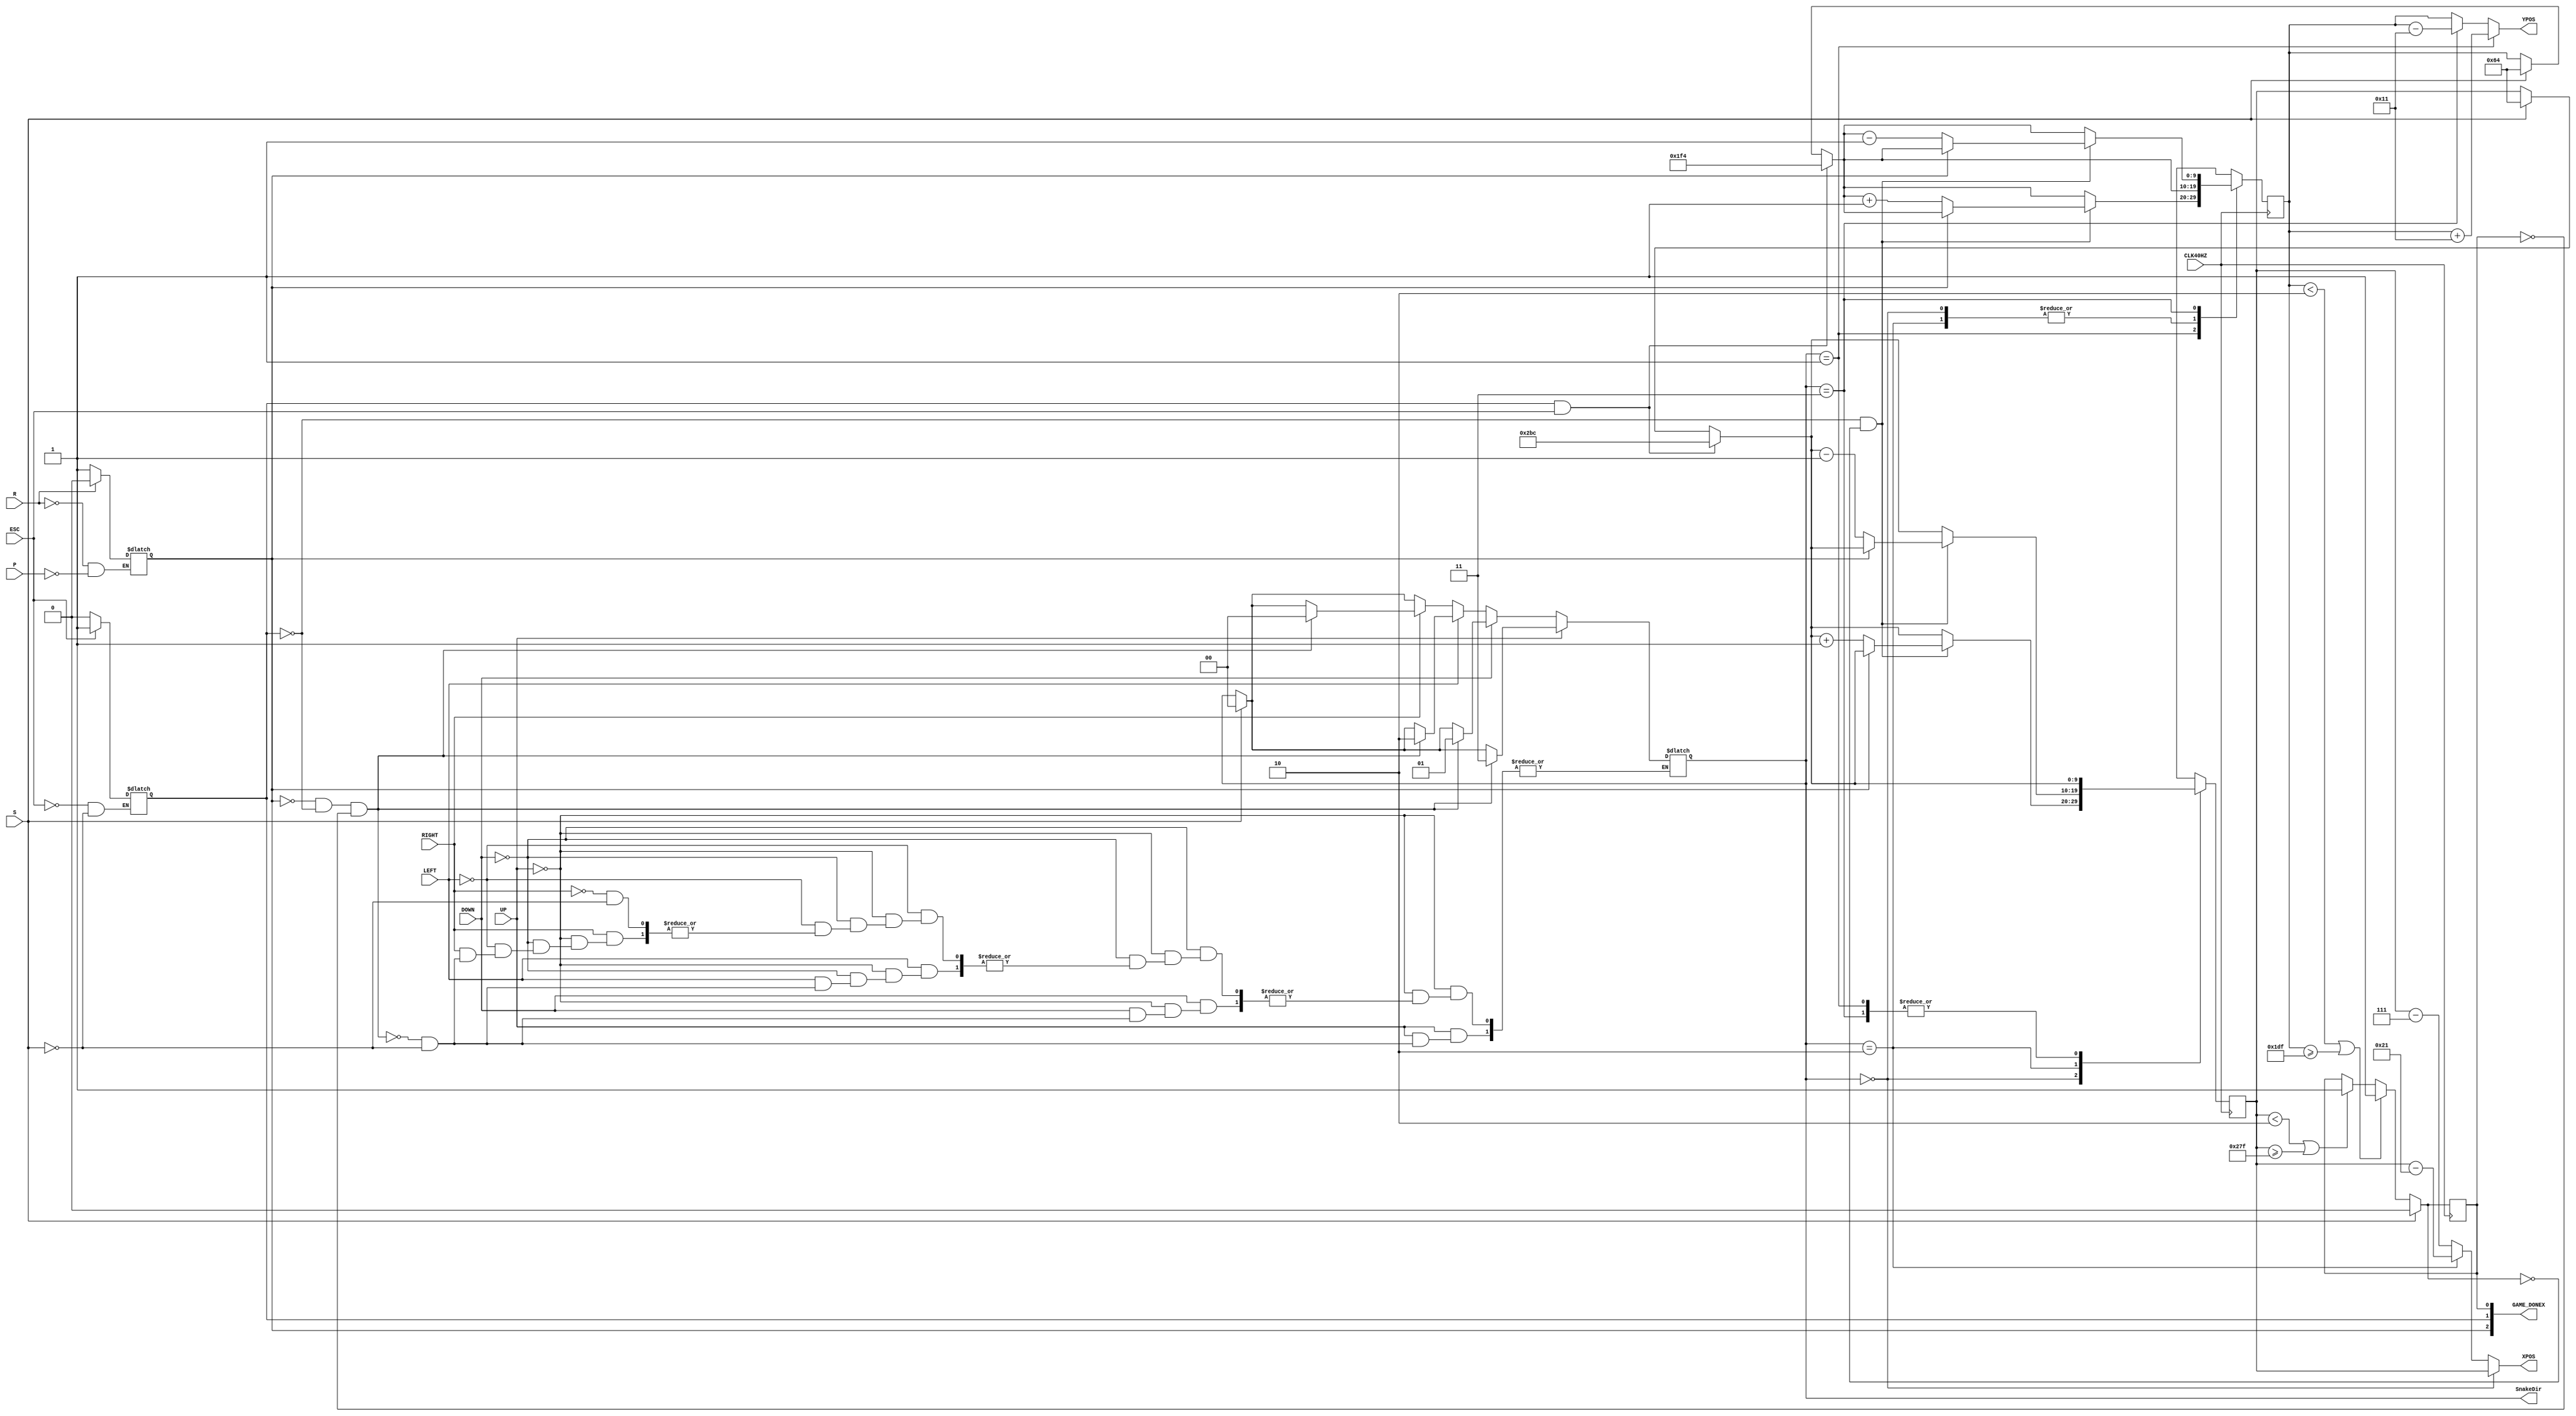
module SnakeGameController(
    input CLK40HZ, // 40 HZ clock
    input ESC,
    input R,
    input S,
    input P,
    input UP,
    input DOWN,
    input LEFT,
    input RIGHT,
    output[9:0] XPOS,
    output[9:0] YPOS,
    output[1:0] SnakeDir,
    output[2:0] GAME_DONEX
    );
    
    reg GAME_RUNNING = 1'b1;
    reg GAME_DONE    = 1'b0;
    reg SNAKE_HIT    = 1'd0;
    assign GAME_DONEX[0] = SNAKE_HIT;
    assign GAME_DONEX[1] = GAME_DONE;
    assign GAME_DONEX[2] = GAME_PAUSED;
    reg GAME_PAUSED = 1'd0;
    
    reg[9:0] SnakeX     = 10'd100;
    reg[9:0] SnakeY     = 10'd100;
    reg[1:0] SnDir_INT  = 2'd00;
    reg[1:0] DR_HOLD;
    //assign XPOS = SnakeX;
    //assign YPOS = SnakeY;
    
    assign SnakeDir = SnDir_INT;
    assign XPOS = (SnDir_INT == 2'd0) ? SnakeX : ((SnDir_INT == 2'd2) ? (SnakeX - 33) : (SnakeX - 7));
    assign YPOS = (SnDir_INT == 2'd1) ? (SnakeY + 17) : ((SnDir_INT == 2'd3) ? (SnakeY-17) : SnakeY); 
    always @ (P or R)
    begin
        if (P == 1'd1) 
        begin
            DR_HOLD = SnDir_INT;
            GAME_PAUSED = 1'b1;
        end
        if (R == 1'd1) 
        begin
            GAME_PAUSED = 1'b0;
        end
    end
    
    always @ (ESC or S)
    begin
        if (S == 1) GAME_DONE = 1'b0;
        if (ESC == 1) GAME_DONE = 1'b1;    
    end
    
    always @ (posedge CLK40HZ)
    begin
        if (SnakeX <  10'd2 || SnakeX >= 10'd639)
        begin
            SNAKE_HIT = 1'b1;
        end
        
        if (SnakeY < 10'd2 || SnakeY >= 10'd479)
        begin
            SNAKE_HIT = 1'b1;
        end
            
        if (S == 1)
        begin
            SnakeX = 10'd100;
            SnakeY = 10'd100;
            SNAKE_HIT = 1'b0;
        end
        if (GAME_DONE == 1'b1 && ESC == 1)
        begin
            SnakeX = 10'd700;
            SnakeY = 10'd500;
        end
        
        case (SnakeDir)
            2'b00: // Right
            begin
                if (GAME_DONE == 1'b0 && SNAKE_HIT == 1'b0) 
                begin
                    if (GAME_PAUSED == 1'b0) SnakeX = SnakeX + 10'd1;
                    else SnakeX = SnakeX;
                end 
                else 
                begin
                    SnakeX = SnakeX;
                end
            end
            2'b01: // Down
            begin
                if ((GAME_DONE == 1'b0) && SNAKE_HIT == 1'b0) 
                begin
                    if (GAME_PAUSED == 1'b0) SnakeY = SnakeY + 10'd1;
                    else SnakeY = SnakeY;
                end 
                else
                begin
                    SnakeY = SnakeY;
                end
            end
            2'b10: // Left
            begin
                if ((GAME_DONE == 1'b0) && SNAKE_HIT == 1'b0) 
                begin
                    if (GAME_PAUSED == 1'b0) SnakeX = SnakeX - 10'd1;
                    else SnakeX = SnakeX;
                end
                else
                begin
                    SnakeX = SnakeX;
                end
            end
            2'b11: // Up
            begin
                if (GAME_DONE == 1'b0 && SNAKE_HIT == 1'b0) 
                begin
                    if (GAME_PAUSED == 1'b0) SnakeY = SnakeY - 10'd1;
                    else SnakeY = SnakeY;
                end
                else
                begin
                    SnakeY = SnakeY;
                end
            end
        endcase
    end
    
    always @ (UP or DOWN or LEFT or RIGHT or S)
    begin
        if (S == 1)
        begin
            SnDir_INT = 2'b00;
        end

        if (UP == 1)
        begin
            if (GAME_PAUSED == 1'b0 && GAME_DONE == 1'b0 && SNAKE_HIT == 1'b0)  SnDir_INT = 2'b11; 
            else SnDir_INT = SnDir_INT;
        end
        else if (DOWN == 1)
        begin
            if (GAME_PAUSED == 1'b0 && GAME_DONE == 1'b0 && SNAKE_HIT == 1'b0)  SnDir_INT = 2'b01;
            else SnDir_INT = SnDir_INT;
        end
        else if (LEFT == 1'b1)
        begin
            if (GAME_PAUSED == 1'b0 && GAME_DONE == 1'b0 && SNAKE_HIT == 1'b0)  SnDir_INT = 2'b10;
            else SnDir_INT = SnDir_INT;
        end
        else if (RIGHT == 1'b1)
        begin
             if (GAME_PAUSED == 1'b0 && GAME_DONE == 1'b0 && SNAKE_HIT == 1'b0) SnDir_INT = 2'b00;
             else SnDir_INT = SnDir_INT;
        end
        else
        begin
            SnDir_INT = SnDir_INT;
        end
    end
    
    //assign SnakeDir = (UP == 1'b1) ? 2'b11 : (DOWN == 1'b1) ? 2'b01 : (LEFT == 1'b1) ? 2'b10 : 2'b00; 

endmodule